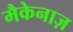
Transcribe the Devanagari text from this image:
मैकेनाज़